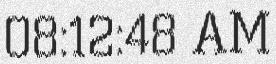
08:12:48 AM